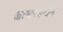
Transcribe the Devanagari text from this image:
आत्मनियन्त्रण